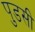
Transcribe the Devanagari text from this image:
पुडसी